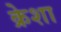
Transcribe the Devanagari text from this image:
क्रेशा